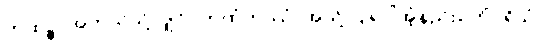
ကထဉ္စ၊ အဘယ်သို့လျှင်။ ကထံကဿံ၊ အသို့ ပြုရပါအံ့နည်း။ ကိံပုရိသံ၊